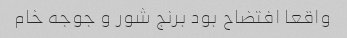
واقعا افتضاح بود برنج شور و جوجه خام